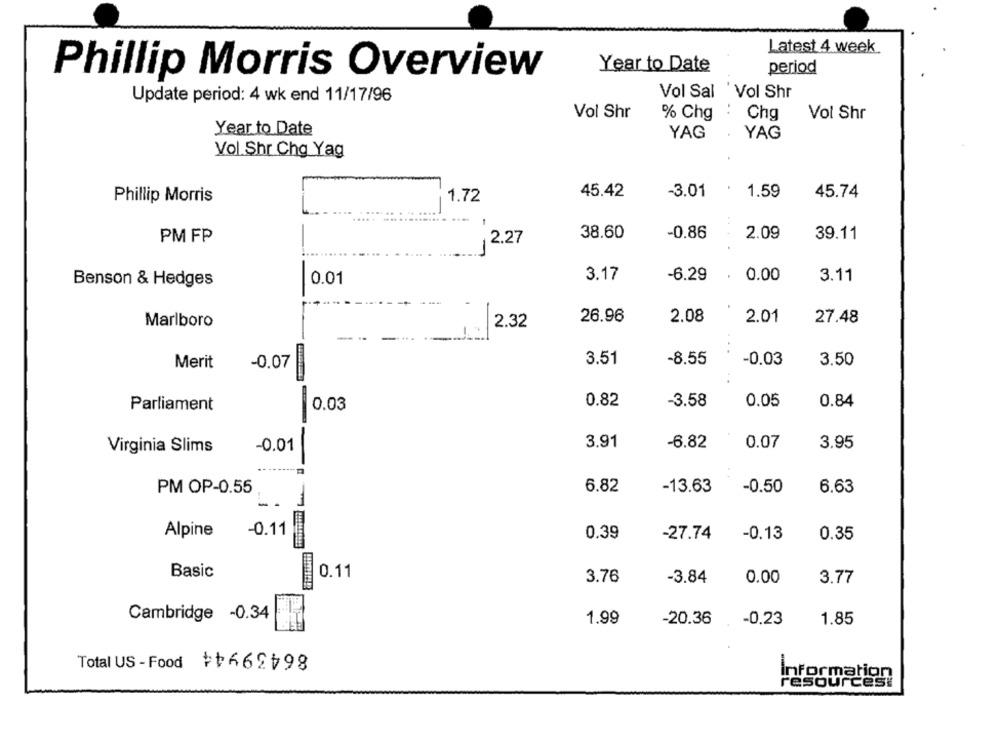
Latest 4 week
Phillip Morris Overview
Year to Date
period
Vol Sal
'Vol Shr
Update period: 4 wk end 11/17/96
Vol Shr
% Chg
: Chg
Vol Shr
Year to Date
YAG
.YAG
Vol. Shr Chg Yag
45.42
-3.01
1.59
45.74
Phillip Morris
1.72
PM FP
38.60
-0.86
2.09
39.11
2.27
Benson & Hedges
0.01
3.17
-6.29
0.00
3.11
26.96
2.08
2.01
27.48
Marlboro
2.32
Merit
-0.07
3.51
-8.55
-0.03
3.50
Parliament
0.03
0.82
-3.58
0.05
0.84
-
-
3.91
-6.82
0.07
3.95
Virginia Slims
-0.01
PM OP-0.55
6.82
-13.63
-0.50
6.63
Alpine
-0.11
0.39
-27.74
-0.13
0.35
Basic
0.11
3.76
-3.84
0.00
3.77
Cambridge -0.34
1.99
-20.36
-0.23
1.85
Information
resources